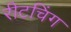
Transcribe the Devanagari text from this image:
रीटचिंग